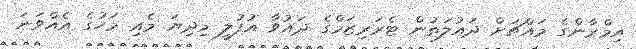
އިމްރާންގެ މައްޗަށް ދައުލަތުން ޓެރަރިޒަމްގެ ދައުވާ އުފުލީ މިދިޔަ މެއި މަހުގެ އެއްވަނަ